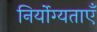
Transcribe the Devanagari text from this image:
निर्योग्यताएँ